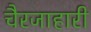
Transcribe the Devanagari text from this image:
चैरजाहारी